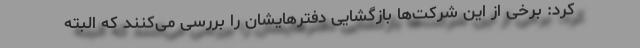
کرد: برخی از این شرکت‌ها بازگشایی دفترهایشان را بررسی می‌کنند که البته